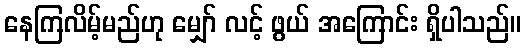
နေကြလိမ့်မည်ဟု မျှော် လင့် ဖွယ် အကြောင်း ရှိပါသည်။